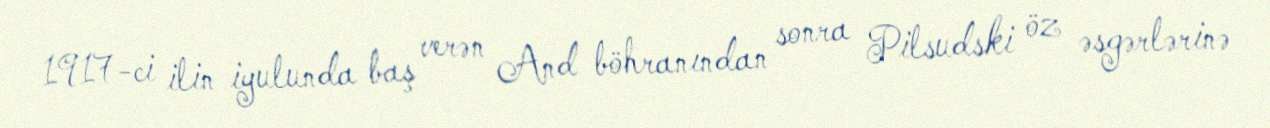
1917-ci ilin iyulunda baş verən And böhranından sonra Pilsudski öz əsgərlərinə